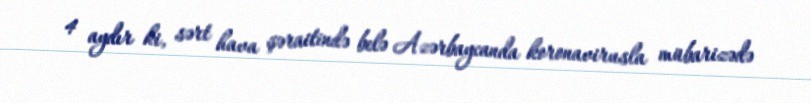
4 aydır ki, sərt hava şəraitində belə Azərbaycanda koronavirusla mübarizədə